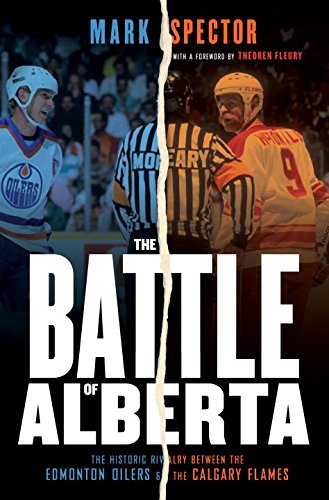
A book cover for The Battle of Alberta: The Historic Rivalry Between the Edmonton Oilers and the Calgary Flames; Mark Spector; Sports & Outdoors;